Vital statistics of India. Vol. IV, Annual returns from 1871 to 1876. British Army of India, Native Army and jails of Bengal
Year: 1871
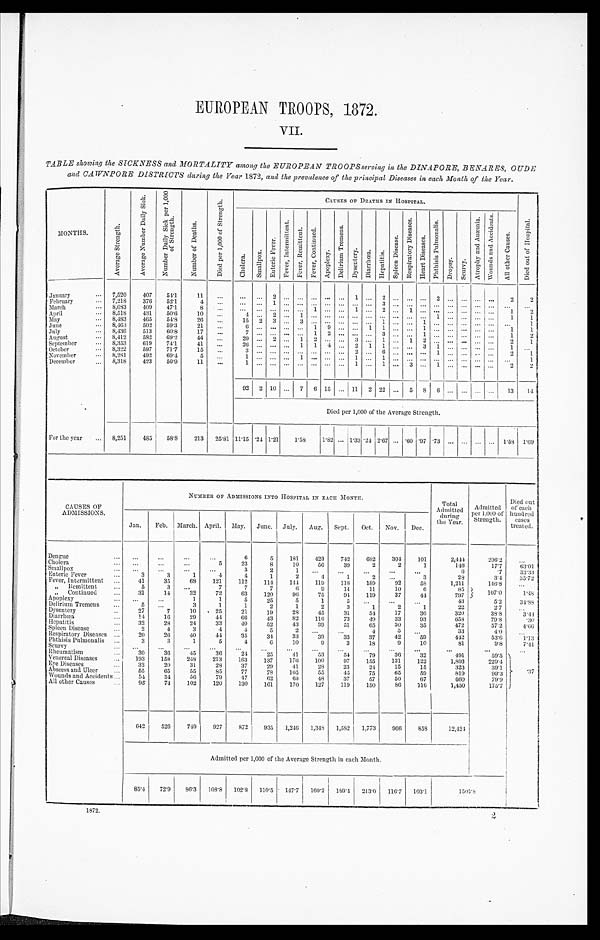
EUROPEAN TROOPS, 1872.
VII.
TABLE showing the SICKNESS and MORTALITY among the EUROPEAN TROOPS serving in the DINAPORE, BENARES, UDE
and CAWNPORE DISTRICTS during the Year 1872, and the prevalence of the principal Diseases in each Month of the Year.
MONTHS.
A v e r a g e S t r e n g t h .
A v e r a g e N u m b e r D a i l y S i c k .
N u m b e r D a i l y S i c k p e r 1 , 0 0 0 o f S t r e n g t h .
N u m b e r o f D e a t h s .
D i e d p e r 1 , 0 0 0 o f S t r e n g t h .
CAUSES OF DEATHS IN HOSPITAL.
D i e d o u t o f H o s p i t a l .
C h o l e r a . S m a l l p o x .
E n t e r i c F e v e r .
F e v e r , I n t e r m i t t e n t .
F e v e r , R e m i t t e n t .
F e v e r , C o n t i n u e d .
Apoplexy.
D e l i r i u m T r e m e n s .
D y s e n t e r y .
Di a r r h œa .
H e p a t o t o s .
S p l e e n D i s e a s e .
R e s p i r a t o r y D i s e a s e s .
H e a r t D i s e a s e s .
P h t h i s i s P u l m o n a l i s .
D r o p s y .
S c u r v y .
A t r o p h y a n d A n æ m i a .
W o u n d s a n d A c c i d e n t s .
A l l o t h e r C a u s e s .
January
... 7,520
407
5 4 . 1
11
...
. . .
. . .
2
. . .
. . .
. . .
. . . . . .
1
. . .
2
. . .
. . .
. . .
2
. . .
. . .
. . .
. . .
2
2
February
... 7,218
376
52.1
4
. . .
. . .
. . . 1
. . .
. . . ... ... ... ... ... 3 ... ... ... ... ... ... ... ... ...
...
March ...
8,683
409
47.1
8
. . .
. . .
. . .
. . .
. . .
. . .
1
. . . . . .
1
. . .
2
. . .
1
. . .
. . .
. . .
. . .
. . .
. . . 1
2
A p r i l . . .
8,518
431
50.6
10
...
4
. . . 2
. . . 1
. . .
. . . . . .
. . .
. . .
. . .
. . .
. . .
. . . 1
. . .
. . .
. . .
. . . 1
1
May
... 8,483
465
5 4 . 8
26
...
15 2 3 ... 3 ...
. . .
. . . . . .
. . .
1
. . .
. . .
1
. . .
. . .
. . .
. . .
. . .
. . . 1
June
... 8,463
502
59.3
21
...
6
. . .
. . .
. . .
. . .
1
9
. . .
. . .
1
1
. . .
. . .
1
. . . ... ... . . .
. . . 1
1
July
... 8,436
513
60.8
17
...
7
. . .
. . .
. . .
. . .
1
2
. . .
. . .
. . .
3
. . .
. . .
1
. . .
. . .
. . .
. . . ...
1
2
August ...
8,412
582
69.2
44
...
29 ... 2
. . . 1 2
. . . . . .
3
. . . 1
. . . 1 2
. . .
. . .
. . .
. . .
. . . 2
1
September ...
8,353
619
74.1
41
...
2 6 ... ... ... 1 1 4
. . .
2 1 1 ... ... 3 1
. . . ... ... ...
1
. . .
October
... 8,322
597
71.7
15
...
3
. . .
. . .
. . .
. . .
. . .
. . . . . .
2
. . .
6
. . .
. . .
. . .
1
. . .
. . .
. . . ...
2
1
November
... 8,281
492
69.4
5
. . .
1
. . .
. . .
. . . 1
. . .
. . . . . . 1
. . . 1
. . .
. . .
. . .
. . . ... ... ...
. . .
. . .
1
December
...
8 , 3 1 8
423
50.9
11
...
1
. . .
. . .
. . .
. . .
. . .
. . . . . .
1
. . .
1 ... 3
. . .
1
. . .
. . . ... ...
2
2
92 2 10 ... 7 6 15 ... 11 2 22 ... 5
8 6 ...
. . .
. . . ...
13
14
Died per 1,000 of the Average Strength.
For the year
8,251
485
58.8
213
25.81 11.15 .24 1.21
1.58
1.82 ... 1.33 .24 2.67 ...
. 6 0
. 9 7 .73 ... ...
. . . ... 1.58
1 . 6 9
CAUSES OF
ADMISSIONS.
NUMBER OF ADMISSIONS INTO HOSPITAL IN EACH MONTH.
Total
Admitted
during
the Year.
Admitted
Per 4,000 of
Strength.
Died out
of each
hundred
cases
treated.
Jan.
Feb. March. April. May.
June. July.
Aug.
Sept.
Oct.
Nov.
Dec.
Dengue
...
. . .
...
...
. . .
6
5
181
423
7 4 2
682
304
101
2,444
296.2
...
Cholera
...
...
. . .
5
23
8
10
56
39
2
2
1
1.46
17.7
63.01
Smallpox
...
...
...
...
3
2
1
...
...
...
...
...
6
.7
33.33
Enteric Fever
3
3
1
4
4
1
2
4
1
2
. . .
3
28
3.4
3 5 . 7 2
Fever, Intermittent
41
35
68
121
112
114
144
119
118
189
92
58
1,211
146.8
...
„ Remittent
...
5
3
...
7
7
7
6
9
14
11
10
6
85
1 0 7 . 0
1 . 4 8
„ C o n t i n u e d . . .
31
14
32
72
63
120
96
75
9 94
37
44
797
Apoplexy
...
...
...
1
1
5
25
5
1
5
. . . ...
. . .
43
5.2
3 4 . 8 8
Delirium Tremens
5
. . .
3
1
1
2
1
2
3
1
2
1
22
2.7
...
Dysentery
..
27
7
10
25
21
19
28
45
31
54
17
36
320
38.8
3.44
Diarrhœa
14
16
29
4 4
66
43
82
116
73
49
33
93
658
79.8
.30
Hepatitis
...
32
28
24
33
40
52
43
39
51
65
30
35
472
57.2
4.66
Spleen Disease
...
2
4
3
4
4
5
2
. . . ...
4
5
...
33
4.0
. . .
Respiratory Diseases
20
26
40
44
35
34
33
39
33
37
42
59
442
53.6
1.13
Phthisis Pulmonalis ...
3
3
1
5
4
6
10
9
3
18
9
10
81
9.8
7.41
Scurvy
...
...
...
. . .
...
...
. . .
. . .
...
...
. . .
. . .
. . .
...
Rheumatism
...
30
36
45
36
24
25
41
53
54
79
36
32
59.5
.37
Venereal Diseases
193
158
248
213
163
137
176
100
97
155
131
122
1,893
229.4
Eye Diseases
32
20
334 34
37
29
41
28
23
24
15
15
323
39.1
Abscess and Ulcer
55
65
55
85
77
78
105
55
45
75
65
59
819
99.3
Wounds and Accidents ...
54
34
56
79
47
62
69
48
37
57
50
67
660
79.9
All other Causes
...
95
74
102
120
130
161
170
127
119
150
86
116
1,450
175.7
642
526
749
927
872
935
1,246
1,348
1,582
1,773
966
858
12,424
Admitted per 1,000 of the Average Strength in each Month.
85.4
7 2 . 9
86.3 108.8 102.8 110.5 147.7
160.2 189.4 213.0
1 1 6 . 7 103.1
1505.8
1872.
2